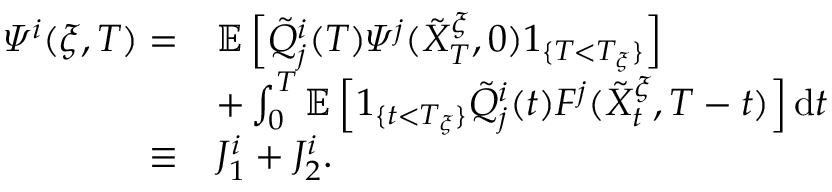
\begin{array} { r l } { \varPsi ^ { i } ( \xi , T ) = } & { \mathbb { E } \left[ \tilde { Q } _ { j } ^ { i } ( T ) \varPsi ^ { j } ( \tilde { X } _ { T } ^ { \xi } , 0 ) 1 _ { \{ T < T _ { \xi } \} } \right] } \\ & { + \int _ { 0 } ^ { T } \mathbb { E } \left[ 1 _ { \{ t < T _ { \xi } \} } \tilde { Q } _ { j } ^ { i } ( t ) F ^ { j } ( \tilde { X } _ { t } ^ { \xi } , T - t ) \right] \mathrm { d } t } \\ { \equiv } & { J _ { 1 } ^ { i } + J _ { 2 } ^ { i } . } \end{array}